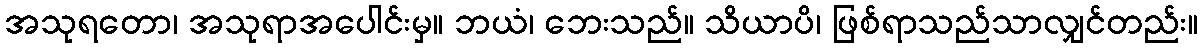
အသုရတော၊ အသုရာအပေါင်းမှ။ ဘယံ၊ ဘေးသည်။ သိယာပိ၊ ဖြစ်ရာသည်သာလျှင်တည်း။